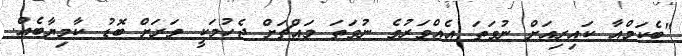
"ބެކަމްއާ ކައިރިއަށް ނުވަތަ އެއްވަރުވެ ނުވަތަ މައްޗަށް ޖެހުމަކީ ވަރަށް ބޮޑު ކާމިޔާބެއް.